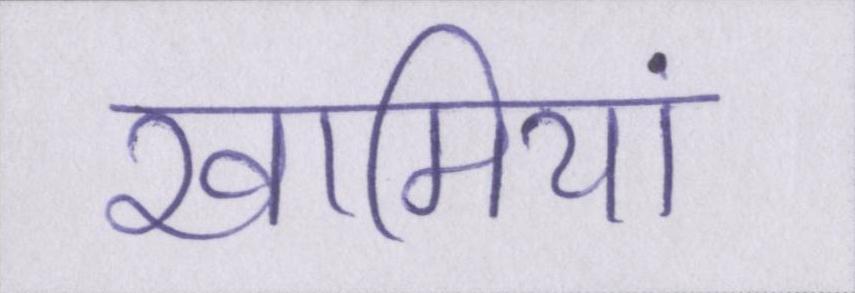
खामियां